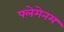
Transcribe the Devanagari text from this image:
फ्लेमेनम